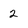
Character: 2